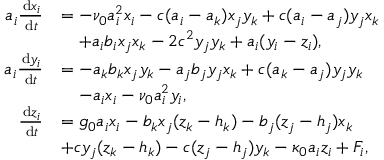
\begin{array} { r l } { \! \! a _ { i } \frac { \, \mathrm { d } x _ { i } } { \, \mathrm { d } t } } & { = - \nu _ { 0 } a _ { i } ^ { 2 } x _ { i } - c ( a _ { i } - a _ { k } ) x _ { j } y _ { k } + c ( a _ { i } - a _ { j } ) y _ { j } x _ { k } } \\ & { \quad + a _ { i } b _ { i } x _ { j } x _ { k } - 2 c ^ { 2 } y _ { j } y _ { k } + a _ { i } ( y _ { i } - z _ { i } ) , } \\ { \! \! a _ { i } \frac { \, \mathrm { d } y _ { i } } { \, \mathrm { d } t } } & { = - a _ { k } b _ { k } x _ { j } y _ { k } - a _ { j } b _ { j } y _ { j } x _ { k } + c ( a _ { k } - a _ { j } ) y _ { j } y _ { k } } \\ & { \quad - a _ { i } x _ { i } - \nu _ { 0 } a _ { i } ^ { 2 } y _ { i } , } \\ { \! \! \frac { \, \mathrm { d } z _ { i } } { \, \mathrm { d } t } } & { = g _ { 0 } a _ { i } x _ { i } - b _ { k } x _ { j } ( z _ { k } - h _ { k } ) - b _ { j } ( z _ { j } - h _ { j } ) x _ { k } } \\ & { + c y _ { j } ( z _ { k } - h _ { k } ) - c ( z _ { j } - h _ { j } ) y _ { k } - \kappa _ { 0 } a _ { i } z _ { i } + F _ { i } , } \end{array}